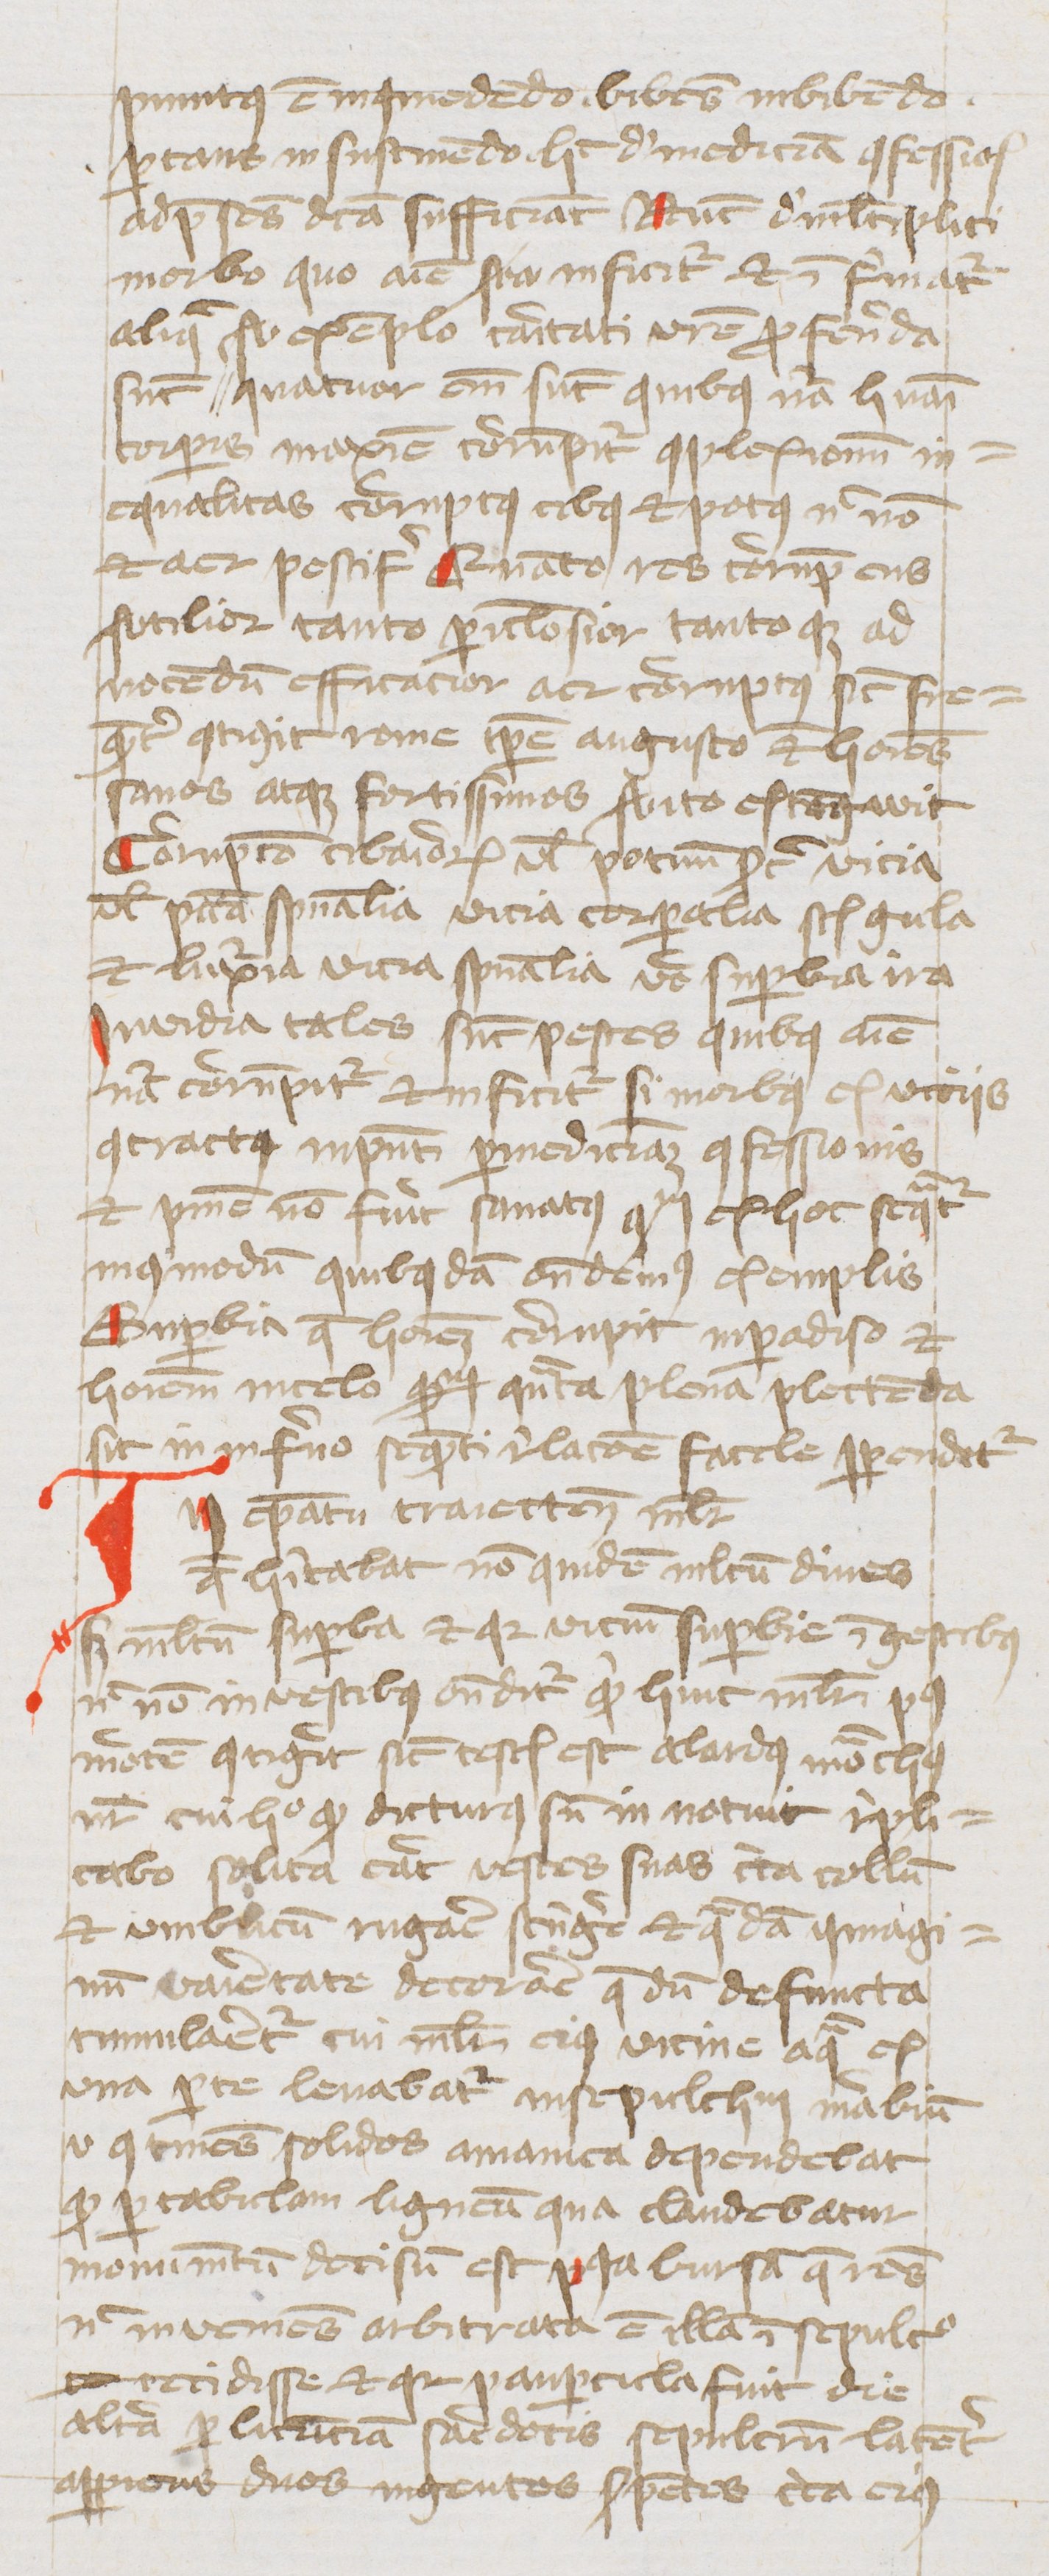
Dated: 1400–1449